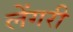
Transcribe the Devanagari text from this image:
लेंगरी